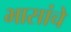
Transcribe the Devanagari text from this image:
भासांचे